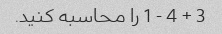
3 + 4 - 1 را محاسبه کنید.